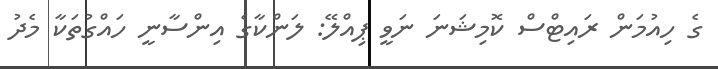
ގެ ހިއުމަން ރައިޓްސް ކޮމިޝަނަ ނަވީ ޕިއްލޭ: ލަންކާގެ އިންސާނީ ހައްގުތަކާ މެދު